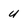
Character: u